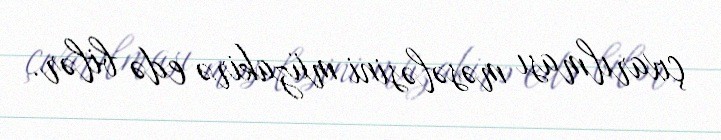
çıxarılması məsələsini müzakirə edə bilər.